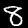
Digit: 8